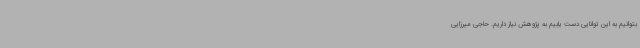
بتوانیم به این توانایی دست یابیم به پژوهش نیاز داریم. حاجی میرزایی